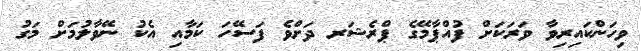
ވިހަންކައިރިވާ ވަރަކަށް ފުއްޕާމޭގެ ޕްރެޝަރ ދަށްވެ ފަސޭހަ ކަމާއި އެކު ނޭވާލުމަށް މަގު